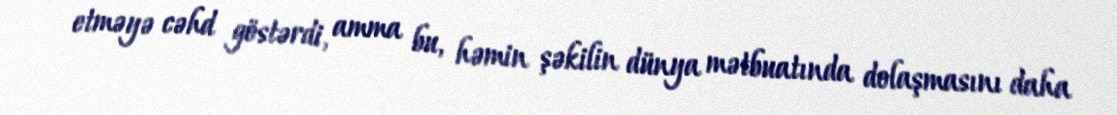
etməyə cəhd göstərdi, amma bu, həmin şəkilin dünya mətbuatında dolaşmasını daha